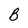
Character: B